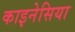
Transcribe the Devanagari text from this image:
काइनेसिया